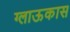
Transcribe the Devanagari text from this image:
ग्लाऊकास